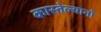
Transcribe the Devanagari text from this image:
कास्तेल्यानो